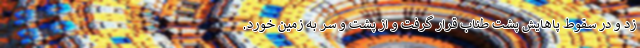
زد و در سقوط پاهایش پشت طناب قرار گرفت و از پشت و سر به زمین خورد.